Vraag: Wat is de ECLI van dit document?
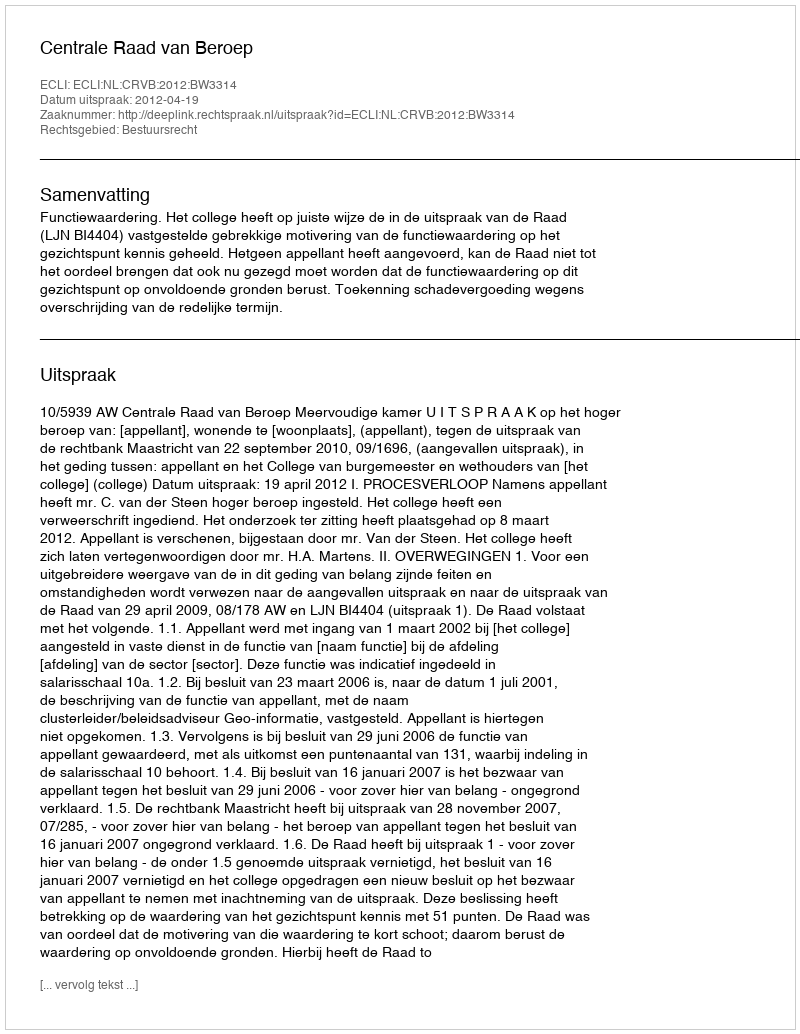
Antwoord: ECLI:NL:CRVB:2012:BW3314